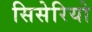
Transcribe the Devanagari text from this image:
सिसेरियो